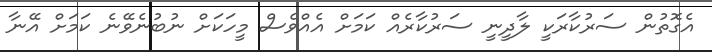
އެގޮތުން ސަރުކާރަކީ ލާދީނީ ސަރުކާރެއް ކަމަށް އެއްވެސް މީހަކަށް ނުބުނެވޭނެ ކަމަށް އޭނާ